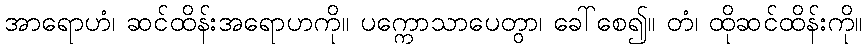
အာရောဟံ၊ ဆင်ထိန်းအရောဟကို။ ပက္ကောသာပေတွာ၊ ခေါ်စေ၍။ တံ၊ ထိုဆင်ထိန်းကို။